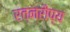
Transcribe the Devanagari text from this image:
रत्नरौप्य